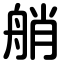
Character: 艄